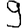
Digit: 9